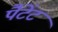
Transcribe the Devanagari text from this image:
पैटेंट